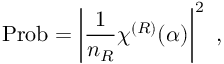
\mathrm { P r o b } = \left| { \frac { 1 } { n _ { R } } } \chi ^ { ( R ) } ( \alpha ) \right| ^ { 2 } ~ ,